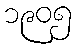
၁၉၀၅